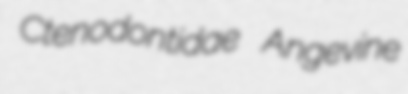
Ctenodontidae Angevine